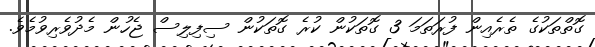
ގޮތްތަކުގެ ތެރެއިން ފުރަތަމަ 3 ގޮތަކުން ކުރެ ގޮތަކުން ސިފިލިސް ޖެހުން މެދުވެރިވުމެވެ.